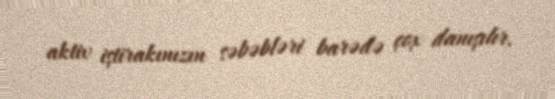
aktiv iştirakınızın səbəbləri barədə çox danışılır.